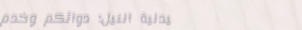
صيدلية النيل: دوائكم وخدم